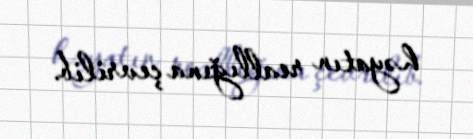
həyatın reallığına çevrilib.